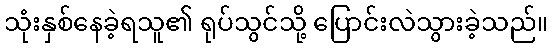
သုံးနှစ်နေခဲ့ရသူ၏ ရုပ်သွင်သို့ ပြောင်းလဲသွားခဲ့သည်။